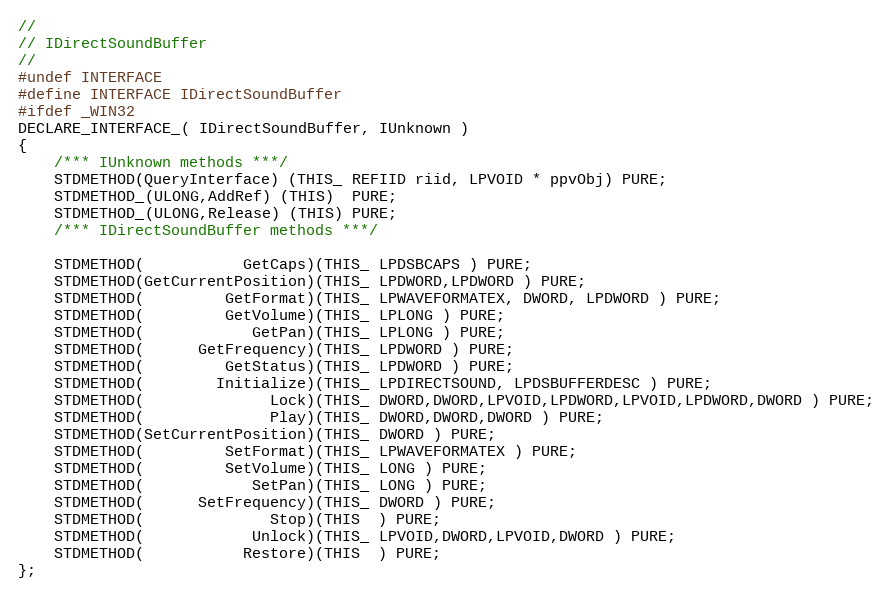
Language: C
//
// IDirectSoundBuffer
//
#undef INTERFACE
#define INTERFACE IDirectSoundBuffer
#ifdef _WIN32
DECLARE_INTERFACE_( IDirectSoundBuffer, IUnknown )
{
    /*** IUnknown methods ***/
    STDMETHOD(QueryInterface) (THIS_ REFIID riid, LPVOID * ppvObj) PURE;
    STDMETHOD_(ULONG,AddRef) (THIS)  PURE;
    STDMETHOD_(ULONG,Release) (THIS) PURE;
    /*** IDirectSoundBuffer methods ***/

    STDMETHOD(           GetCaps)(THIS_ LPDSBCAPS ) PURE;
    STDMETHOD(GetCurrentPosition)(THIS_ LPDWORD,LPDWORD ) PURE;
    STDMETHOD(         GetFormat)(THIS_ LPWAVEFORMATEX, DWORD, LPDWORD ) PURE;
    STDMETHOD(         GetVolume)(THIS_ LPLONG ) PURE;
    STDMETHOD(            GetPan)(THIS_ LPLONG ) PURE;
    STDMETHOD(      GetFrequency)(THIS_ LPDWORD ) PURE;
    STDMETHOD(         GetStatus)(THIS_ LPDWORD ) PURE;
    STDMETHOD(        Initialize)(THIS_ LPDIRECTSOUND, LPDSBUFFERDESC ) PURE;
    STDMETHOD(              Lock)(THIS_ DWORD,DWORD,LPVOID,LPDWORD,LPVOID,LPDWORD,DWORD ) PURE;
    STDMETHOD(              Play)(THIS_ DWORD,DWORD,DWORD ) PURE;
    STDMETHOD(SetCurrentPosition)(THIS_ DWORD ) PURE;
    STDMETHOD(         SetFormat)(THIS_ LPWAVEFORMATEX ) PURE;
    STDMETHOD(         SetVolume)(THIS_ LONG ) PURE;
    STDMETHOD(            SetPan)(THIS_ LONG ) PURE;
    STDMETHOD(      SetFrequency)(THIS_ DWORD ) PURE;
    STDMETHOD(              Stop)(THIS  ) PURE;
    STDMETHOD(            Unlock)(THIS_ LPVOID,DWORD,LPVOID,DWORD ) PURE;
    STDMETHOD(           Restore)(THIS  ) PURE;
};